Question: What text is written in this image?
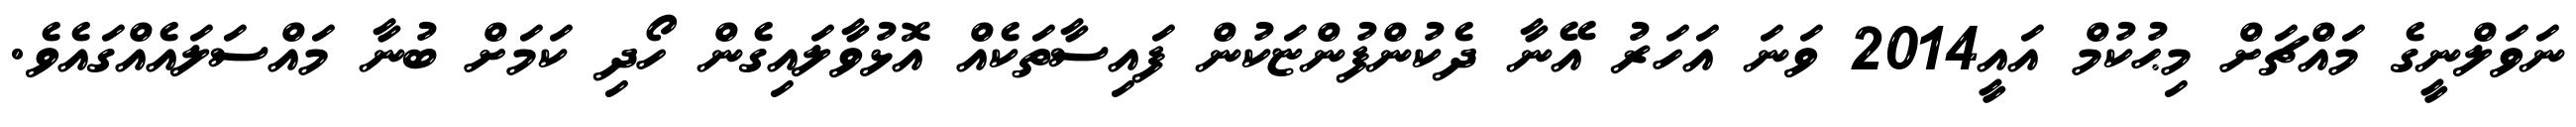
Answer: ނަވަލްނީގެ މައްޗަށް މިޙުކުމް އައީ2014 ވަނަ އަހަރު އޭނާ ދެކުންފުންޏަކުން ފައިސާތަކެއް އޮޅުވާލައިގެން ހޯދި ކަމަށް ބުނާ މައްސަލައެއްގައެވެ.